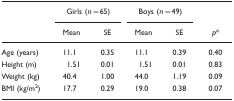
<table><thead><tr><td></td><td colspan="2"><b>Girls (<i>n</i>=65)</b></td><td colspan="2"><b>Boys (<i>n</i>=49)</b></td><td></td></tr><tr><td></td><td><b>Mean</b></td><td><b>SE</b></td><td><b>Mean</b></td><td><b>SE</b></td><td><b><i>p</i>*</b></td></tr></thead><tbody><tr><td>Age (years)</td><td>11.1</td><td>0.35</td><td>11.1</td><td>0.39</td><td>0.40</td></tr><tr><td>Height (m)</td><td>1.51</td><td>0.01</td><td>1.51</td><td>0.01</td><td>0.83</td></tr><tr><td>Weight (kg)</td><td>40.4</td><td>1.00</td><td>44.0</td><td>1.19</td><td>0.09</td></tr><tr><td>BMI (kg/m<sup>2</sup>)</td><td>17.7</td><td>0.29</td><td>19.0</td><td>0.38</td><td>0.07</td></tr></tbody></table>